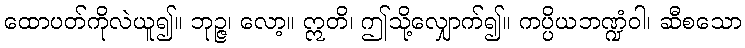
ထောပတ်ကိုလဲယူ၍။ ဘုဉ္ဇ၊ လော့။ ဣတိ၊ ဤသို့လျှောက်၍။ ကပ္ပိယဘဏ္ဍံဝါ၊ ဆီစသော